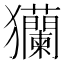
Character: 𤣢